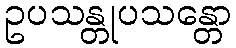
ဥပသန္တုပသန္တော